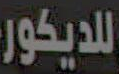
للديكور